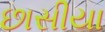
છાસીયા